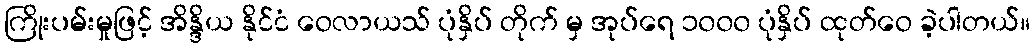
ကြိုးပမ်းမှုဖြင့် အိန္ဒိယ နိုင်ငံ ဝေလာယသ် ပုံနှိပ် တိုက် မှ အုပ်ရေ ၁၀၀၀ ပုံနှိပ် ထုတ်ဝေ ခဲ့ပါတယ်။